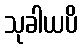
သုခါယပိ